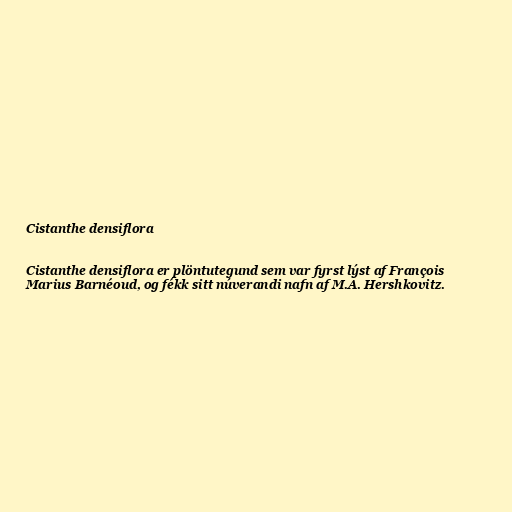
Cistanthe densiflora

Cistanthe densiflora er plöntutegund sem var fyrst lýst af François
Marius Barnéoud, og fékk sitt núverandi nafn af M.A. Hershkovitz.